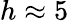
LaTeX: h\approx 5